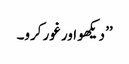
’’ دیکھو اور غور کرو۔